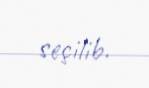
seçilib.